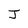
Character: J